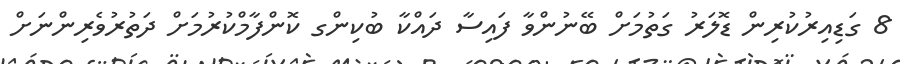
8 ގަޑިއިރުކުރިން ޑޮލަރު ގަތުމަށް ބޭނުންވާ ފައިސާ ދައްކާ ބުކިންގ ކޮންފާމްކުރުމަށް ދަތުރުވެރިންނަށް